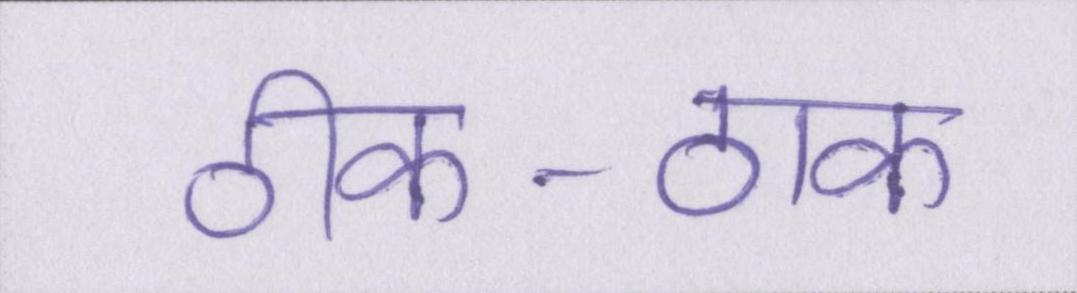
ठीक-ठाक